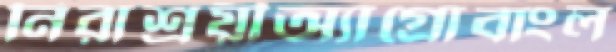
নিরাশ্রয়ীঅ্যাগ্রোবাংল